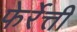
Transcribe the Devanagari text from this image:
फेर्रेत्ती